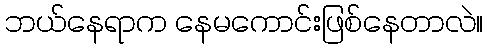
ဘယ်နေရာက နေမကောင်းဖြစ်နေတာလဲ။